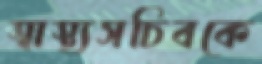
স্বাস্থ্যসচিবকে